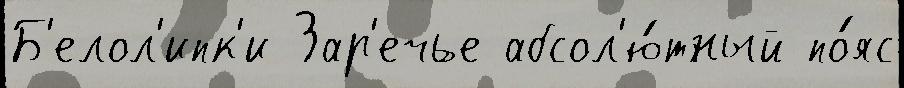
Б'елол'ипк'и Зар'ечье абсол'ю́тный по́яс